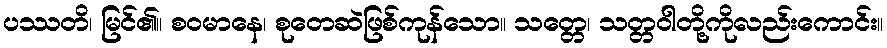
ပဿတိ၊ မြင်၏။ စဝမာနေ၊ စုတေဆဲဖြစ်ကုန်သော။ သတ္တေ၊ သတ္တဝါတို့ကိုလည်းကောင်း။